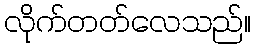
လိုက်တတ်လေသည်။